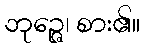
ဘုဉ္ဇေ၊ စား၏။